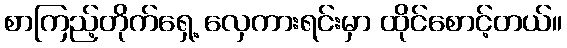
စာကြည့်တိုက်ရှေ့ လှေကားရင်းမှာ ထိုင်စောင့်တယ်။